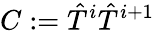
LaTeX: C:=\hat{T}^{i}\hat{T}^{i+1}